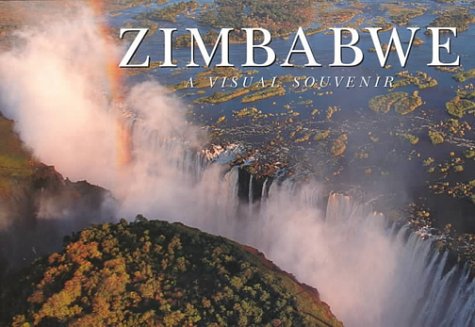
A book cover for Zimbabwe: A Visual Souvenir (Visual Souvenirs); Glynne Newlands; Travel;